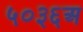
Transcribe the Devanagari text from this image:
५०३६अ